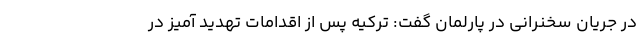
در جریان سخنرانی در پارلمان گفت: ترکیه پس از اقدامات تهدید آمیز در